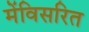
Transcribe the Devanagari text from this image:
मेंविसरित